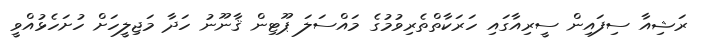
ރަޝިއާ ސިފައިން ސީރިއާގައި ހަރަކާތްތެރިވުމުގެ މައްސަލަ ޕޫޓިން ޤާނޫނު ހަދާ މަޖިލީހަށް ހުށަހެޅުއްވީ